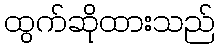
ထွက်ဆိုထားသည်